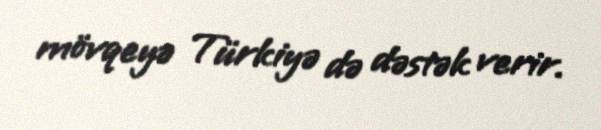
mövqeyə Türkiyə də dəstək verir.